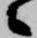
々